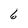
Character: 6